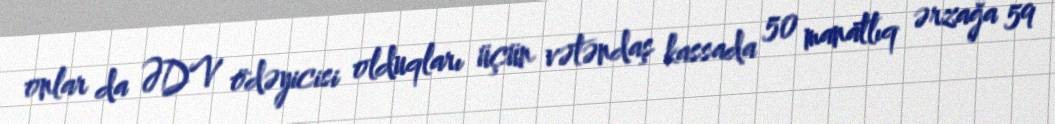
onlar da ƏDV ödəyicisi olduqları üçün vətəndaş kassada 50 manatlıq ərzağa 59